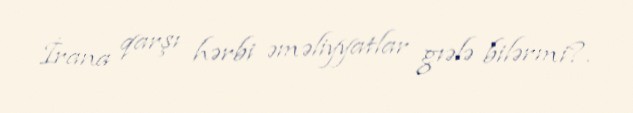
İrana qarşı hərbi əməliyyatlar gıələ bilərmi?.